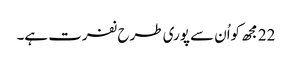
22 مجھ کواُن سے پوری طرح نفرت ہے۔